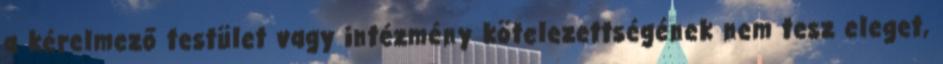
a kérelmező testület vagy intézmény kötelezettségének nem tesz eleget,